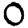
Digit: 0